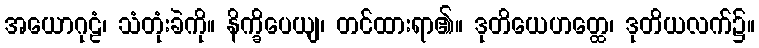
အယောဂုဠံ၊ သံတုံးခဲကို။ နိက္ခိပေယျ၊ တင်ထားရာ၏။ ဒုတိယေဟတ္ထေ၊ ဒုတိယလက်၌။